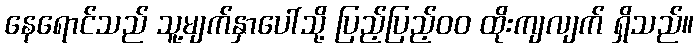
နေရောင်သည် သူ့မျက်နှာပေါ်သို့ ပြည့်ပြည့်၀၀ ထိုးကျလျက် ရှိသည်။